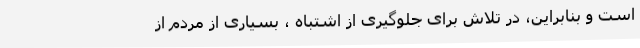
است و بنابراین، در تلاش برای جلوگیری از اشتباه ، بسیاری از مردم از